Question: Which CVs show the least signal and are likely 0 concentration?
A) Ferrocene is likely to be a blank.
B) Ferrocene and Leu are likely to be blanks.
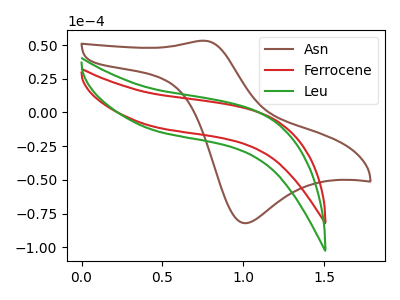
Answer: <think>The brown curve "Asn" has an anodic peak at (0.75V, 53.25uA) and a cathodic peak at (1.00V, -82.15uA). The red curve "Ferrocene" has no peaks. The green curve "Leu" has no peaks.</think>
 <answer>B) "Ferrocene" and "Leu" are likely to be blanks.</answer>
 <eval>B</eval>